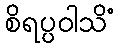
စိရပ္ပဝါသိံ